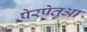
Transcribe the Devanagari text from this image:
पेरपेतुआ